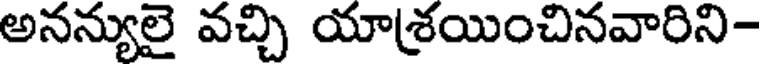
అనన్యులై వచ్చి యాశ్రయించినవారిని-